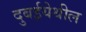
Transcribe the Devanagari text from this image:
दुबईयेथील